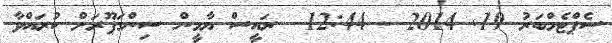
ސެޕްޓެމްބަރު 19